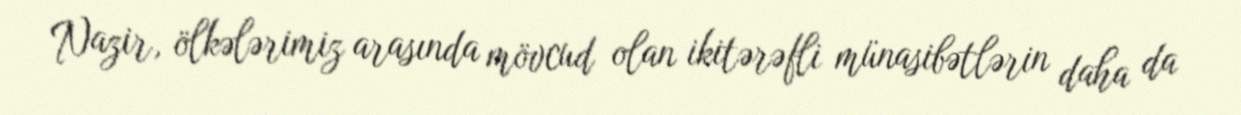
Nazir, ölkələrimiz arasında mövcud olan ikitərəfli münasibətlərin daha da